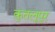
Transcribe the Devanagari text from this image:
कुतलूपुर